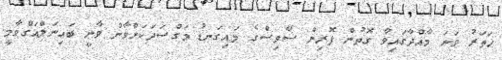
ހަތަރު ވަނަ މާއްދާގައިވާ ގޮތުން ފޮރިން ސާވިސްގެ މައިގަނޑު މަގްސަދަކަށްވާން ވާނީ ބައިނަލްއަގްވާމީ